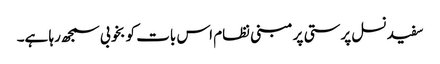
سفید نسل پرستی پر مبنی نظام اس بات کو بخوبی سمجھ رہا ہے۔